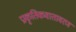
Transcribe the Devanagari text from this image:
प्राकृतिकवातावरण